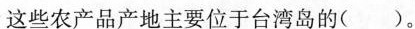
这些农产品产地主要位于台湾岛的( )。